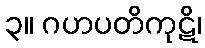
၃။ ဂဟပတိကုဋိ၊